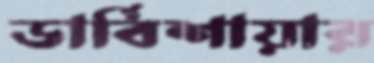
ডার্বিশায়ার